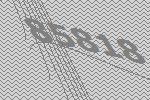
85818